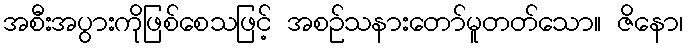
အစီးအပွားကိုဖြစ်စေသဖြင့် အစဉ်သနားတော်မူတတ်သော။ ဇိနော၊